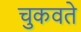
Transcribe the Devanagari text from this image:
चुकवते